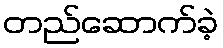
တည်ဆောက်ခဲ့